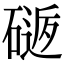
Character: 𥕈